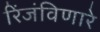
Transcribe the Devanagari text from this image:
रिंजंविणारे